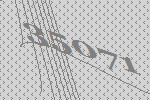
35071